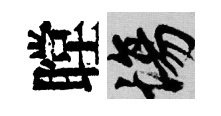
瞠場